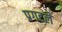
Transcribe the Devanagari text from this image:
प्रगटले